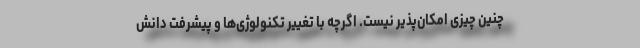
چنین چیزی امکان‌پذیر نیست. اگرچه با تغییر تکنولوژی‌ها و پیشرفت دانش